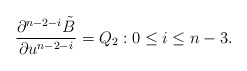
\begin{align*} \frac{\partial^{n-2-i}\tilde{B}}{\partial u^{n-2-i}}=Q_2:0\leq i\leq n-3.\end{align*}